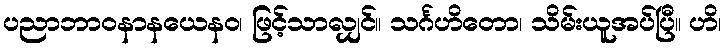
ပညာဘာဝနာနယေနဝ၊ ဖြင့်သာလျှင်။ သင်္ဂဟိတော၊ သိမ်းယူအပ်ပြီ။ ဟိ၊